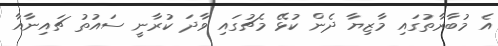
އެ މުބާރާތުގައި މާޒިޔާ ދެން ކުޅޭ މެޗުގައި ވާދަ ކުރާނީ ސައުތު ޗައިނާއާ